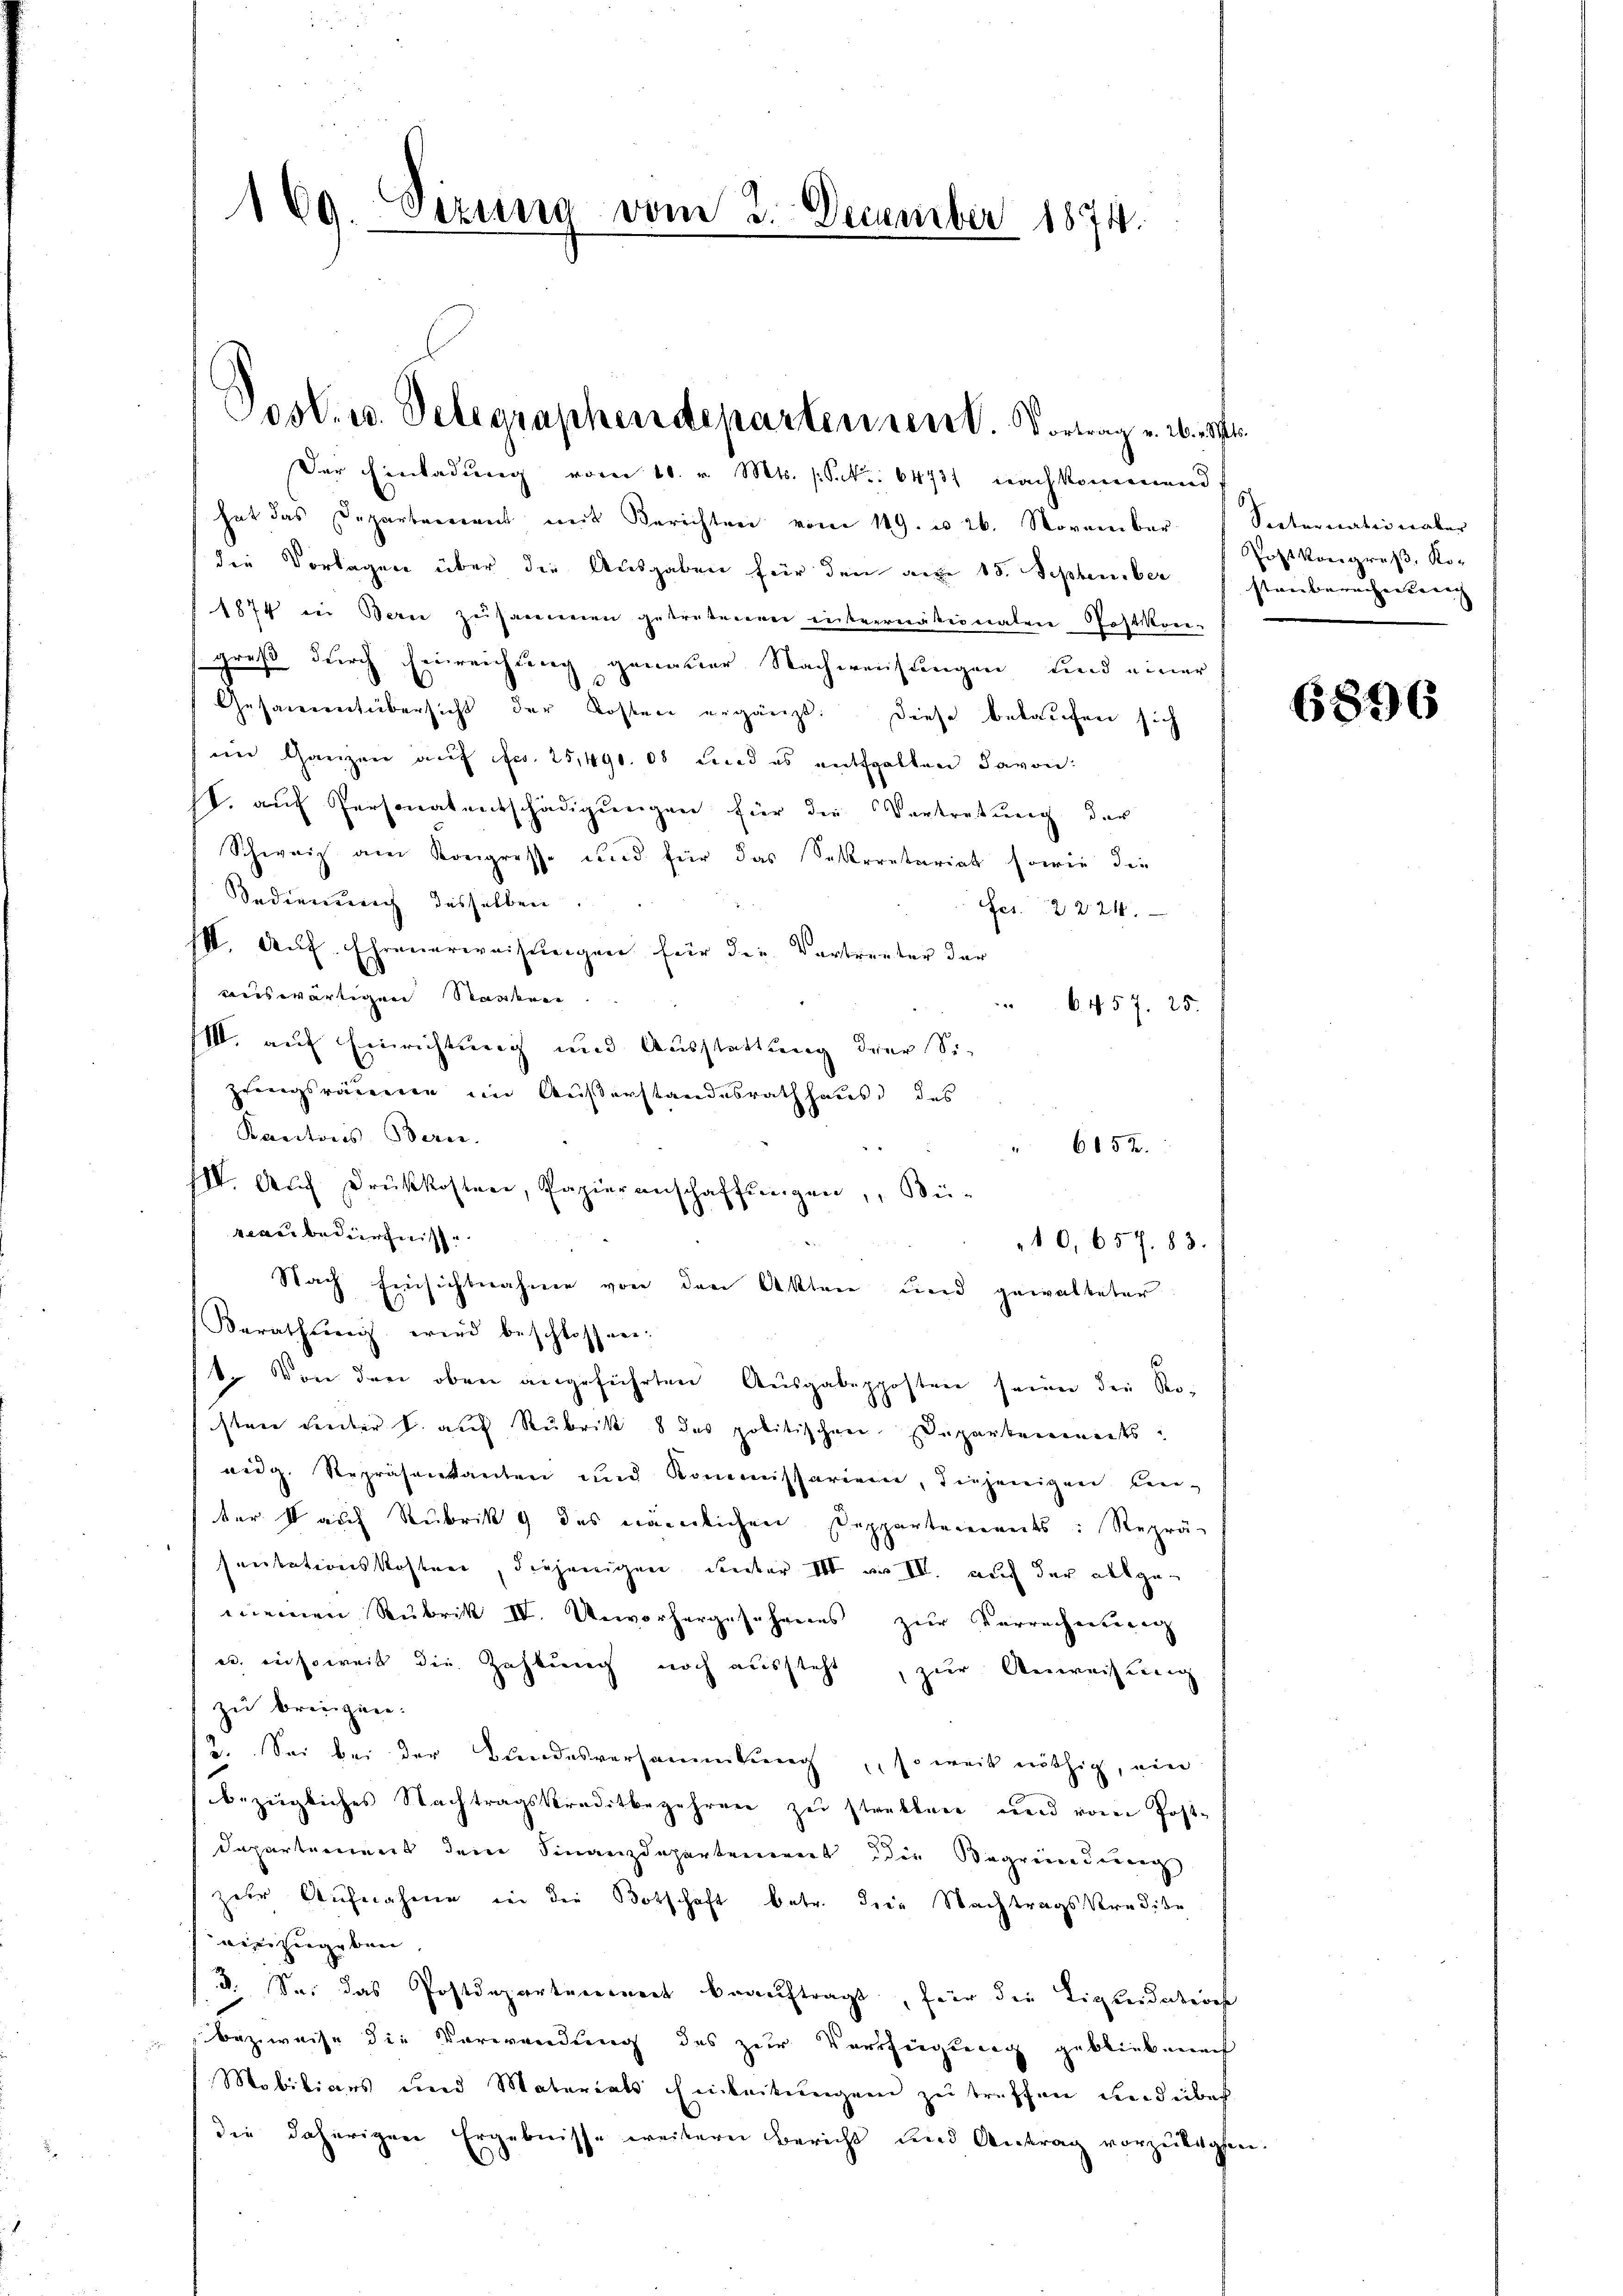
169. Sizung vom 2. December 1874.

Post. u. Telegraphendeparten sent. Vortrag v. 2.
Der Einladŭng vom 10. v. Mts. S. 64731 Nachkommend

hat das Departement mit Berichten vom 119. u 26. November Secternation aber
die Vorlagen über die Ausgaben für den am 15. September
 1874 in Bern zusammen getretenen internationalen Postkon-
greß durch Einreichung genauer Nachweisungen und einer
Gesammtübersicht der Kosten ergänzt. Diese belaufen sich
im Ganzen auf fr. 25,490. 08 und es entfalten davon:
I. auf Personatentschädigungen für die Vertretung der
Schweiz am Kongresse und für das Sekretariat sowie die
Sedienung desselben
Ges. 2221.
III. Auf Ehrenerweisungen für die Vertreter der
auswärtigen Staaten
 24.
6. 457. 25.
III. auf Einrichtung und Ausstattung drey Sizungsräumen im Außerstandesrath haus des
Kantons-Bern.
6152.
III. Auch drückkosten, Papierenschaffŭngen, Bü-
raubedürfniss
10, 657. 83.
Nach Einsichtnahme von den Akten und gewalteter
Berathŭng wird beschlossen.
1. Von der oben angeführten Ausgabepposten seinen der Ro-
sten unter B. auf Rubrik 8 des politischen Departements
eidg. Repräsentanten und Kommissarium, diejenigen Cen-
ter so auch Rubrik des nämlichen Deppartements: Reprä-
sentationskosten, diejenigen dieser Par III. auch der allgemeinen Rubrik IV. Unvorhergesehenes zŭr Verrechnung
c. insoweit die Zahlung noch aussteht, zur Anweisung
zu bringen.
3. Sei bei der Bundesversammlung, so weit nöthig, ein
bezügliches Nachtragskreditbegehren zu strakter und vom Post-
Dapartement dem Finanzdepartement die Begründung
zur Aufnahme in der Botschaft betr. die Nachtrags Kredite
rin zugeben,
3. Sei das Postdepartennert beauftragt, für die Ligseidations
bezweise die Verwendung des zur Verfügung gebliebenach
Mobiliars und Materials Einleitungen zu treffen und über
die daherigen Ergebnisse weitern Bericht und Antrag vorzulegen.

Postkongreß, Ro-
stäuberechneterich |

6896